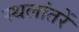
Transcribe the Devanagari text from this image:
स्थलांतरें